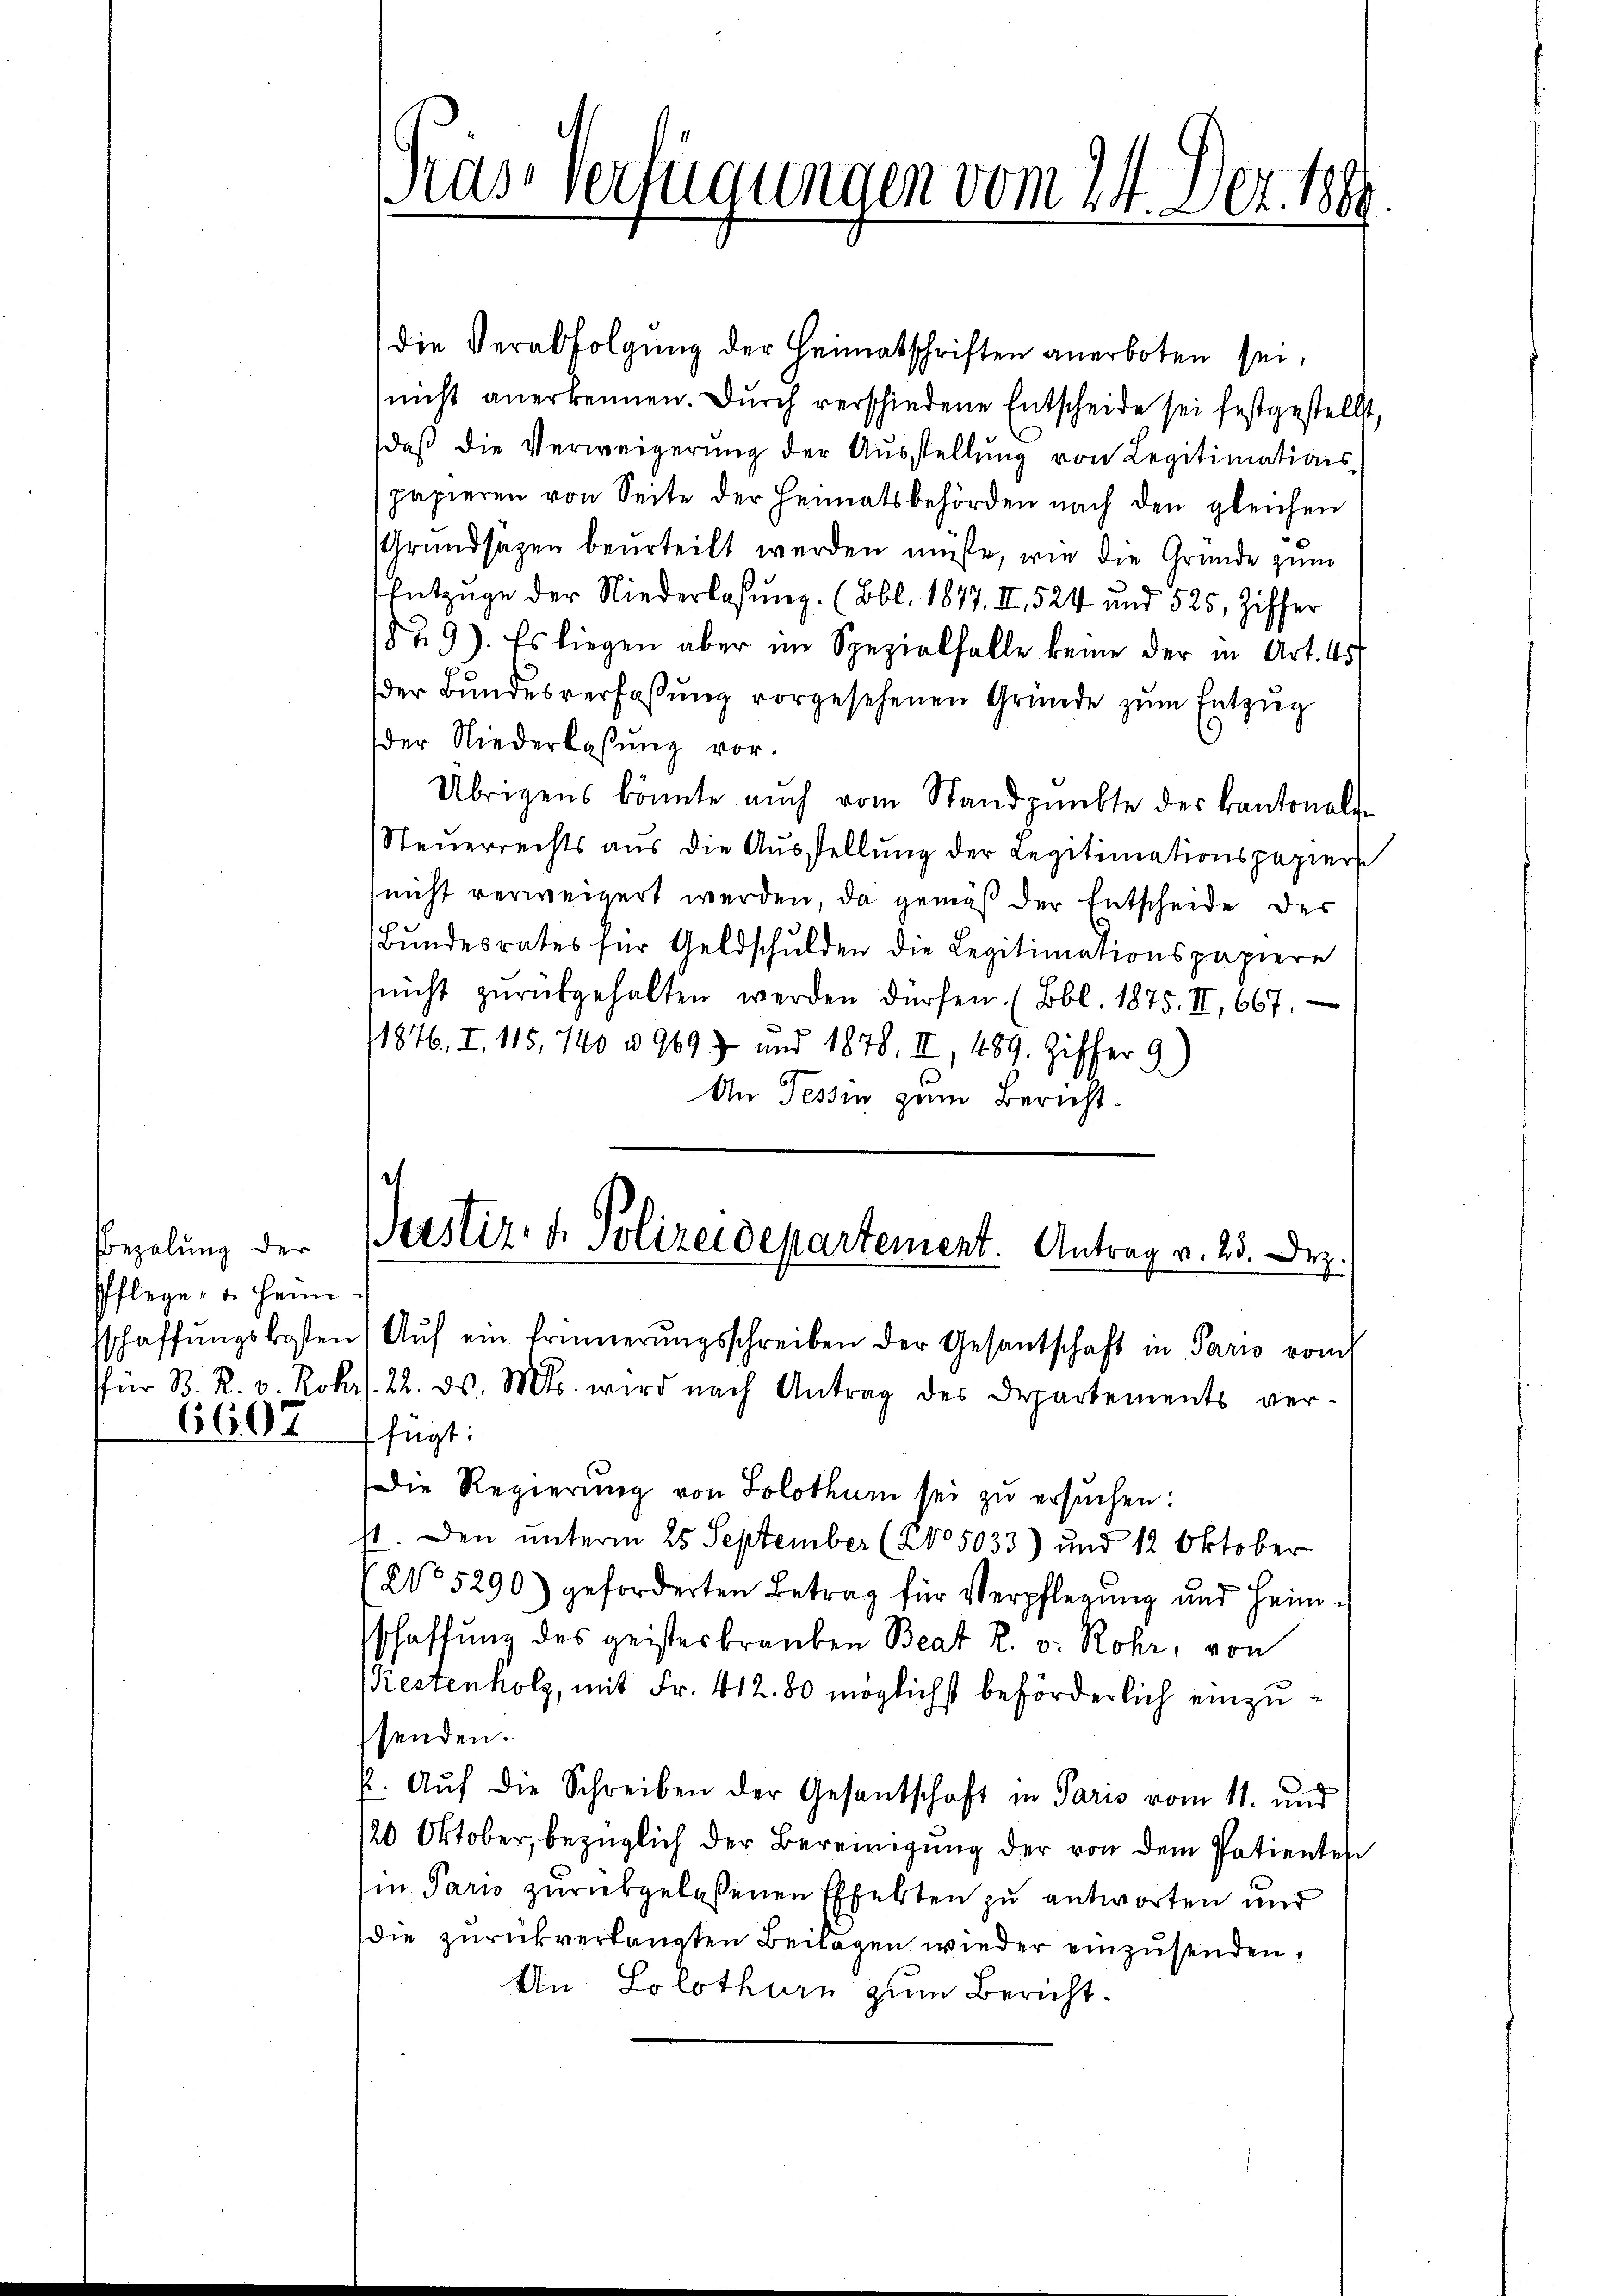
Bezalung der
Pflege, u. Heim
6697

Pras Verfügungen vom 14. Dez. 1889.

die Verabfolgung der Heimatschriften anerboten sei,
nicht anerkennen. Durch verschiedene Entscheide sei festgestellt,
daβ die Verweigerŭng der Aŭsstellŭng von Legitimations-
papieren von Seite der Heimatsbehörden nach den gleichen
Grundsätzen beurteilt werden müsse, wie die Gründe zum
Entzuge der Niederlaßung. (Obl. 1877. II., 524 und 525, Ziffer
1829). Es liegen aber im Spezialfalle keine der in Art. 45
der Bundesverfaßung vorgesehenen Gründe zum Entzug
der Niederlassŭng vor.
Übrigens könnte auch vom Standpunkte des Kantonalen
Steŭerrechts aŭs die Aŭsstellŭng der Legitimationspapiers
nicht verweigert werden, da gemäß der Entscheide des
Bŭndesrates für Geldschulden die Legitimationspapiere
nicht zŭrükgehalten werden dürfen. (Bbl. 1875. II, 667.
1876, I. 115, 740 u 9693 und 1878, II, 489. Ziffer 9
An Tessin zum Bericht.

Justiz- & Polizeidepartement. Antrag v. 23. Dez.
sschaffŭngskosten Aŭf ein Erinnerŭngsschreiben der Gesantschaft in Pario vom

für B. R. v. Rohr. 22. ds. M. wird nach Antrag des Departements ver-
 fügt:
Die Regierung von Solothum sei zu ersuchen:
st. Den unterm 25. September (2005033) und 12 Oktober
1 No 5290) geforderten Betrag für Verpflegung und Heimschaffung des geisteskranken Beat R. v. Rohr, von
prestenholz, mit Fr. 412. 80 möglichst beförderlich einzusenden.
k. Aŭf die Schreiben der Gesantschaft in Paris vom 11. und
/20 Oktober, bezüglich der Bereinigung der von dem Patienten
in Paris zurükgelassenen Effekten zu antworten und
die zurückverlangten Beilagen wieder einzusenden.
An Solothurn zum Bericht.